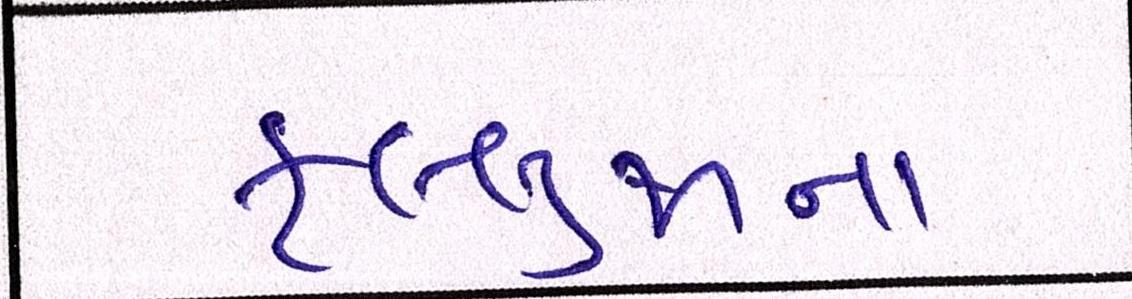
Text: ફલ્લુજાના